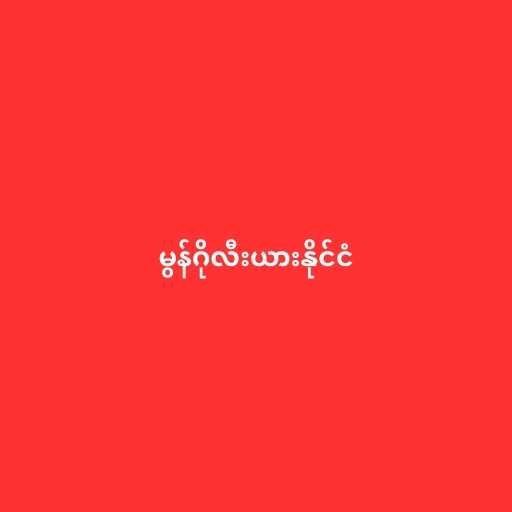
မွန်ဂိုလီးယားနိုင်ငံ